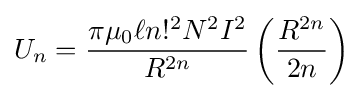
U_{n}={\frac {\pi \mu _{0}\ell n!^{2}N^{2}I^{2}}{R^{2n}}}\left({\frac {R^{2n}}{2n}}\right)